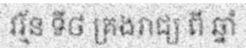
វរ្ម័ន ទី៨ គ្រងរាជ្យ ពី ឆ្នាំ